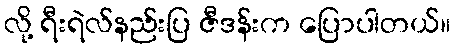
လို့ ရီးရဲလ်နည်းပြ ဇီဒန်းက ပြောပါတယ်။